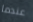
عندما